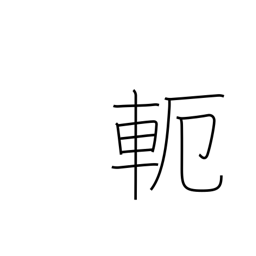
Meaning: yoke